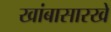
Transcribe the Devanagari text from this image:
खांबासारखे